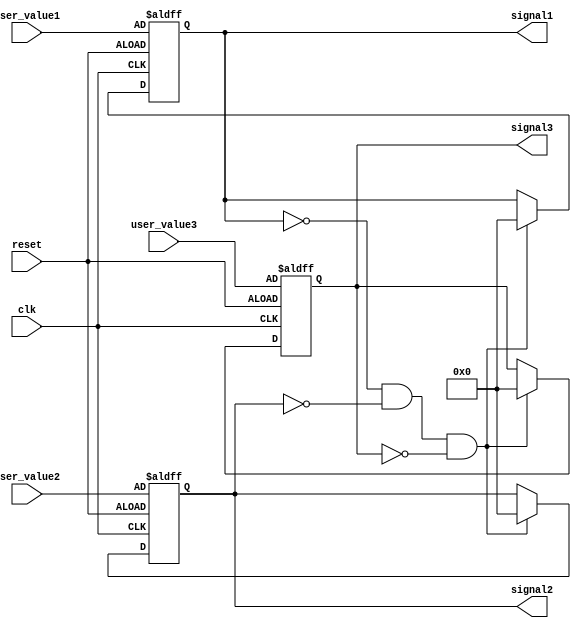
module ConfigurableInitialConditions #(
    parameter integer INITIAL_VALUE1 = 8'd0, // Parameter for initial value of signal1
    parameter integer INITIAL_VALUE2 = 8'd0, // Parameter for initial value of signal2
    parameter integer INITIAL_VALUE3 = 8'd0  // Parameter for initial value of signal3
)(
    input wire clk,                   // Clock signal
    input wire reset,                 // Reset signal
    input wire [7:0] user_value1,    // User input for signal1
    input wire [7:0] user_value2,    // User input for signal2
    input wire [7:0] user_value3,    // User input for signal3
    output reg [7:0] signal1,         // Output for signal1
    output reg [7:0] signal2,         // Output for signal2
    output reg [7:0] signal3          // Output for signal3
);

    // Internal variables to hold initial state values
    reg [7:0] initial_signal1;
    reg [7:0] initial_signal2;
    reg [7:0] initial_signal3;

    // Initialization logic
    always @(posedge clk or posedge reset) begin
        if (reset) begin
            // Reset the state variables to user-defined initial conditions
            signal1 <= user_value1;
            signal2 <= user_value2;
            signal3 <= user_value3;
        end else begin
            // Assign initial values only once at the beginning of the simulation
            if (signal1 == 0 && signal2 == 0 && signal3 == 0) begin
                signal1 <= INITIAL_VALUE1;
                signal2 <= INITIAL_VALUE2;
                signal3 <= INITIAL_VALUE3;
            end
        end
    end

    // Maintaining the current state outputs
    always @(posedge clk) begin
        // Here you can implement further logic based on signal states if needed
    end

endmodule